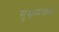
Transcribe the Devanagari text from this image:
सुखानेवाला